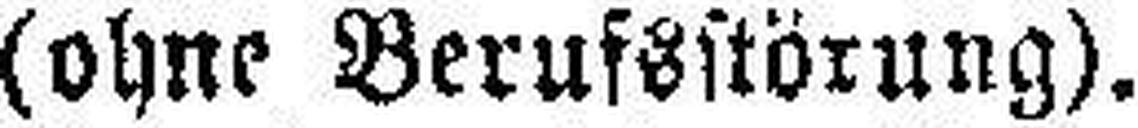
(ohne Berufsstörung).